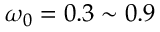
\omega _ { 0 } = 0 . 3 \sim 0 . 9